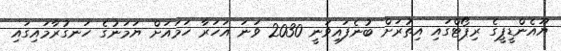
ޔޫއެންޑީޕީގެ ރިޕޯޓްގައި އިތުރަށް ބުނެފައިވަނީ 2030 ވަނަ އަހަރާ ހަމައަށް ޔަމަނުގެ ހަނގުރާމައިގައި